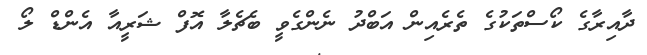
ދާއިރާގެ ކޯސްތަކުގެ ތެރެއިން އަބްދު ނެންގެވީ ބެޗެލާ އޮފް ޝަރީއާ އެންޑް ލޯ